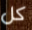
كل